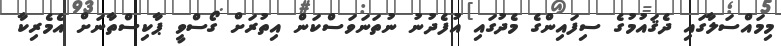
މިމައްސަލާގައި ދެޤައުމުގެ ސިފައިންގެ މެދުގައި އުފެދުނު ނުތަނަވަސްކަން އިތުރަށް ގޯސްވީ ޕާކިސްތާނަށް އެމެރިކާ